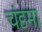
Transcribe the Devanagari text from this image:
चंदृमा